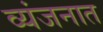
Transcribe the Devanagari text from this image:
व्यंजनात